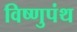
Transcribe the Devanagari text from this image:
विष्णुपंथ